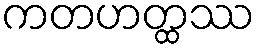
ကတဟတ္ထဿ